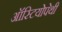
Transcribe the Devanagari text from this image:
ऑस्टियोपेथी